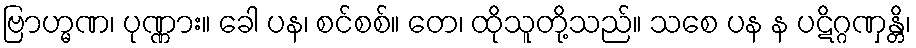
ဗြာဟ္မဏ၊ ပုဏ္ဏား။ ခေါ ပန၊ စင်စစ်။ တေ၊ ထိုသူတို့သည်။ သစေ ပန န ပဋိဂ္ဂဏှန္တိ၊